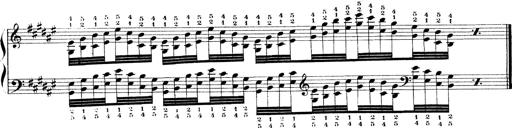
Title: Technische Studien
Composer: Franz Liszt